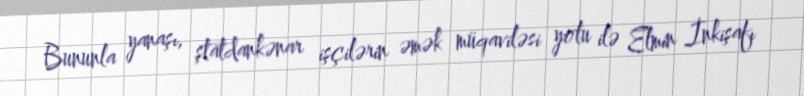
Bununla yanaşı, ştatdankənar işçilərin əmək müqaviləsi yolu ilə Elmin İnkişafı